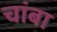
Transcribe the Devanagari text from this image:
चांबा